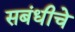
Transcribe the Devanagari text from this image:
सबंधीचे